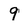
Character: 9